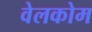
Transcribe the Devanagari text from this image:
वेलकोम